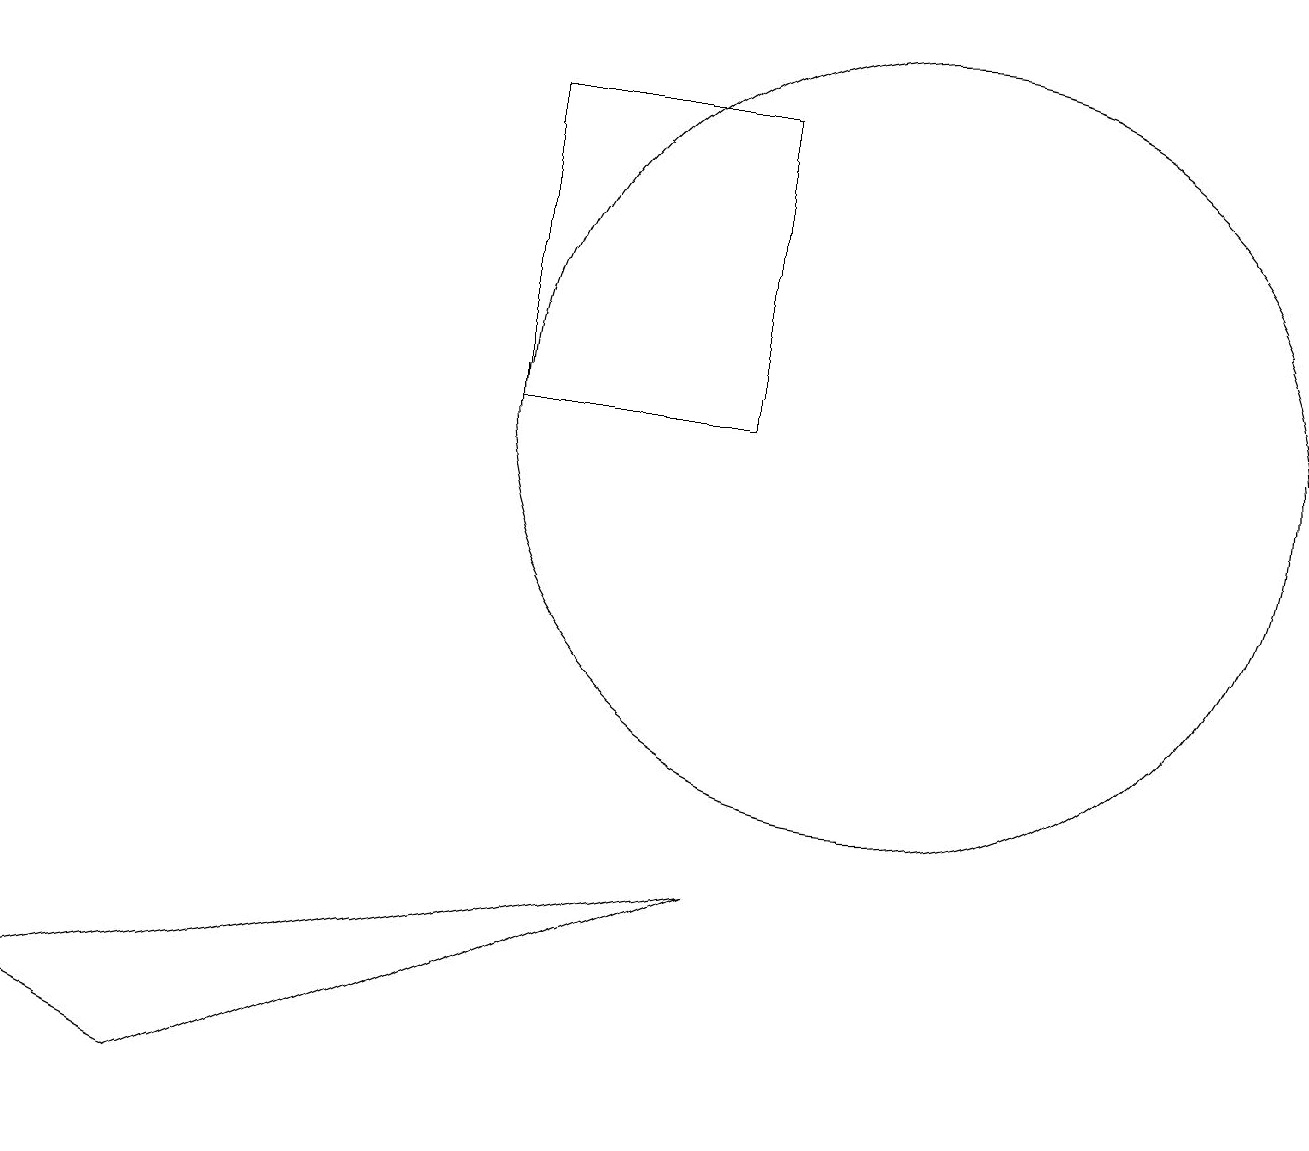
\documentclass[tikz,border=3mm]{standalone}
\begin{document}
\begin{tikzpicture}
\draw (2,3) -- (9,6) -- (0,4) -- cycle;
\draw (11,12) circle (5);
\draw (9,12) rectangle (6,16);
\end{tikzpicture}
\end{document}